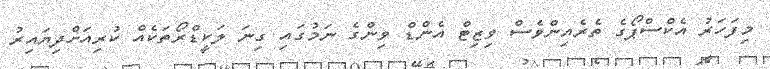
މިފަހަރު އެކްސްޕޯގެ ތެރެއިންވެސް ވިޒިޓް އެންޑް ވިންގެ ނަމުގައި ގިނަ ލަކީޑްރޯތަކެއް ކުރިއަށްދިޔައިރު